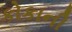
કોકાની